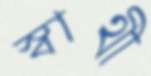
স্বাথী